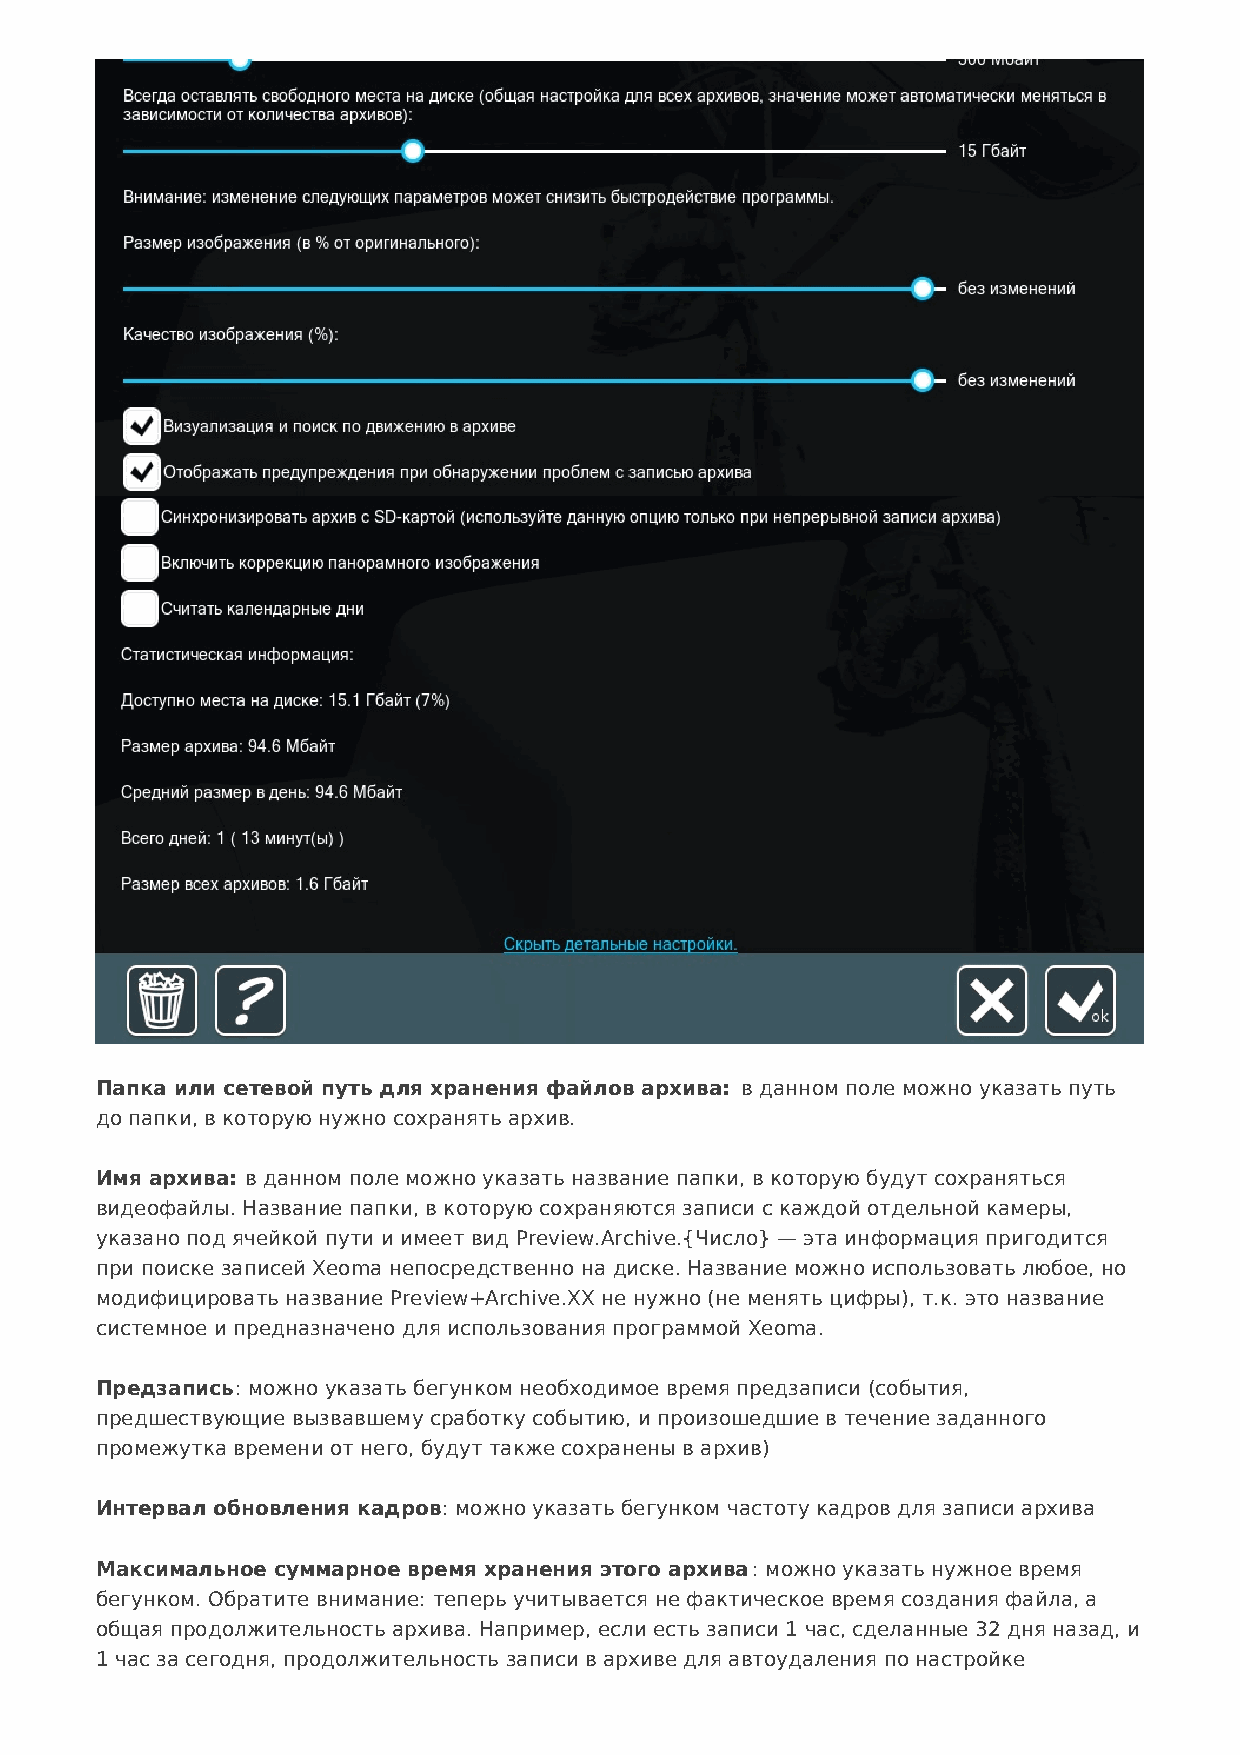
Папка или сетевой путь для хранения файлов архива: в данном поле можно указать путь
 до папки, в которую нужно сохранять архив.
 Имя архива: в данном поле можно указать название папки, в которую будут сохраняться
 видеофайлы. Название папки, в которую сохраняются записи с каждой отдельной камеры,
 указано под ячейкой пути и имеет вид Preview.Archive.{Число} — эта информация пригодится
 при поиске записей Xeoma непосредственно на диске. Название можно использовать любое, но
 модифицировать название Preview+Archive.XX не нужно (не менять цифры), т.к. это название
 системное и предназначено для использования программой Xeoma.
 Предзапись: можно указать бегунком необходимое время предзаписи (события,
 предшествующие вызвавшему сработку событию, и произошедшие в течение заданного
 промежутка времени от него, будут также сохранены в архив)
 Интервал обновления кадров: можно указать бегунком частоту кадров для записи архива
 Максимальное суммарное время хранения этого архива: можно указать нужное время
 бегунком. Обратите внимание: теперь учитывается не фактическое время создания файла, а
 общая продолжительность архива. Например, если есть записи 1 час, сделанные 32 дня назад, и
 1 час за сегодня, продолжительность записи в архиве для автоудаления по настройке